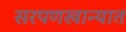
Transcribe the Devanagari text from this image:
सरपणखान्यात